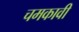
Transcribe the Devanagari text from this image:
चमकावी